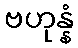
ဗဟုန္နံ